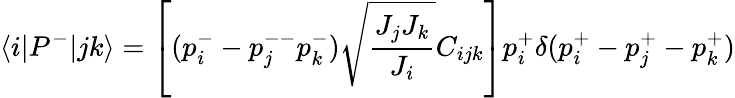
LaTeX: \langle i|P^{-}|jk\rangle=\left[(p_{i}^{-}-p_{j}^{--}p_{k}^{-})\sqrt{\frac{J_{j}J_{k}}{J_{i}}}C_{ijk}\right]p_{i}^{+}\delta(p_{i}^{+}-p_{j}^{+}-p_{k}^{+})